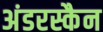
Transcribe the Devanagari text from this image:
अंडरस्कैन